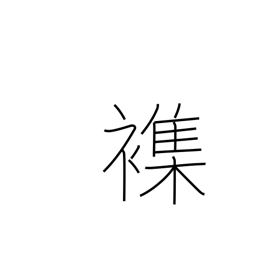
Meaning: mingle